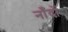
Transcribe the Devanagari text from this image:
नाँदों